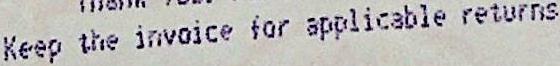
KEEP THE INVOICE FOR APPLICABLE RETURNS